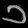
Digit: ၁